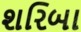
શરિબા